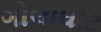
ગોલાઘાટ